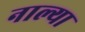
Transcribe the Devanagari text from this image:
नाल्या